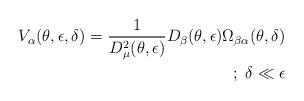
LaTeX: \begin{align*}V_{\alpha}(\theta,\epsilon,\delta) =\frac{1}{D_{\mu}^2(\theta,\epsilon)}D_{\beta}(\theta,\epsilon) \Omega_{\beta \alpha}(\theta,\delta)\\;\;\delta \ll \epsilon\end{align*}